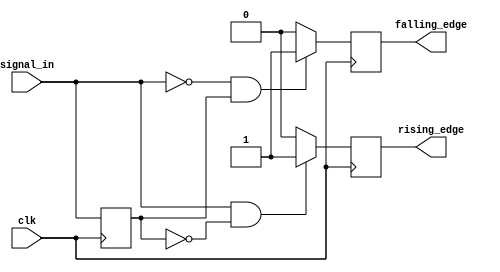
module dual_edge_detector (
    input wire clk,           // Clock signal
    input wire signal_in,     // Input signal
    output reg rising_edge,   // Output signal for rising edge detection
    output reg falling_edge   // Output signal for falling edge detection
);

    reg signal_in_prev; // Register to hold the previous state of signal_in

    // Always block triggered on the rising edge of the clock
    always @(posedge clk) begin
        // Edge detection logic
        if (signal_in && !signal_in_prev) begin
            // Rising edge detected
            rising_edge <= 1'b1; // Set rising_edge high
        end else begin
            rising_edge <= 1'b0; // Reset rising_edge
        end

        if (!signal_in && signal_in_prev) begin
            // Falling edge detected
            falling_edge <= 1'b1; // Set falling_edge high
        end else begin
            falling_edge <= 1'b0; // Reset falling_edge
        end

        // Update the previous state of signal_in
        signal_in_prev <= signal_in;
    end

endmodule